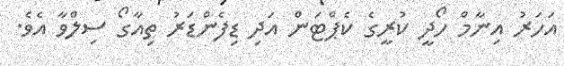
އަހަރު އިނާމް ހޯދީ ކުރީގެ ކެޕްޓަން އަދި ޑިފެންޑަރު ތިއާގޯ ސިލްވާ އެވެ.